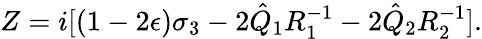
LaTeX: Z=i[(1-2\epsilon)\sigma_{3}-2\hat{Q}_{1}R_{1}^{-1}-2\hat{Q}_{2}R_{2}^{-1}].